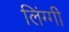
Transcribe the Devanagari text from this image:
लिंग्गी